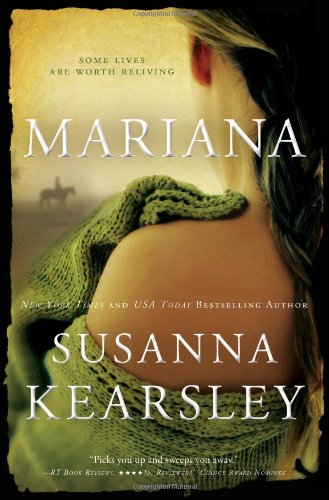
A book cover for Mariana: An enchanting, ethereal tale that bends time and place; Susanna Kearsley; Science Fiction & Fantasy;